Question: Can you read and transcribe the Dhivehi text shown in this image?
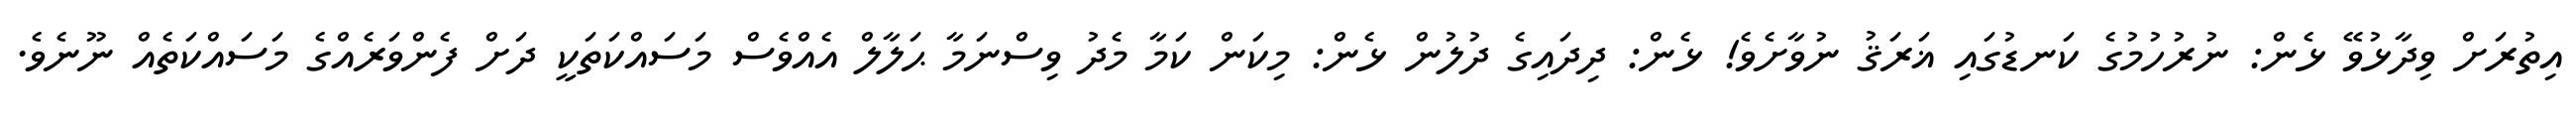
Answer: އިތުރަށް ވިދާޅުވޭ ޅެން: ނުރުހުމުގެ ކަނޑުގައި ޣަރަޤު ނުވާށެވެ! ޅެން: ދިދައިގެ ދުލުން ޅެން: މިކަން ކަމާ މެދު ވިސްނަމާ ޙަލާލް އެއްވެސް މަސައްކަތަކީ ދަށް ފެންވަރެއްގެ މަސައްކަތެއް ނޫނެވެ.